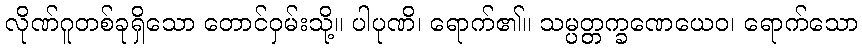
လိုဏ်ဂူတစ်ခုရှိသော တောင်ဝှမ်းသို့။ ပါပုဏိ၊ ရောက်၏။ သမ္ပတ္တက္ခဏေယေဝ၊ ရောက်သော